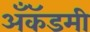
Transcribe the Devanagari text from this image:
अँकॅडमी